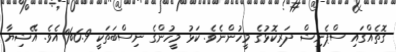
ގޮތެއްގައި ސްޕެނިޝް ދަރިކޮޅުގެ މީހުންނެވެ. ކަޅު މީހުންގެ ނިސްބަތަކީ 6.9% އެވެ. އޭޝިޔާ